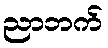
ညာဘက်